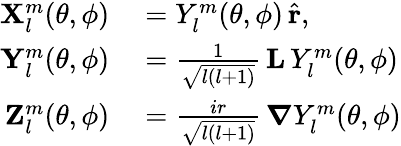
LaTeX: \begin{array}{rl}{\boldsymbol{\mathbf{X}}_{l}^{m}(\theta,\phi)}&{{}=Y_{l}^{m}(\theta,\phi)\, \hat{\boldsymbol{\mathbf{r}}},}\\ {\boldsymbol{\mathbf{Y}}_{l}^{m}(\theta,\phi)}&{{}=\frac{1}{\sqrt{l(l+1)}}\, \mathbf{L}\, Y_{l}^{m}(\theta,\phi)}\\ {\boldsymbol{\mathbf{Z}}_{l}^{m}(\theta,\phi)}&{{}=\frac{ir}{\sqrt{l(l+1)}}\, \boldsymbol{\nabla}Y_{l}^{m}(\theta,\phi)}\end{array}